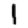
Digit: 1